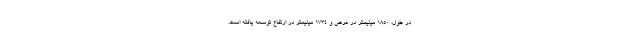
در طول، 1850 میلیمتر در عرض و 1734 میلیمتر در ارتفاع توسعه یافته است.